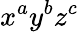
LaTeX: x^{a}y^{b}z^{c}